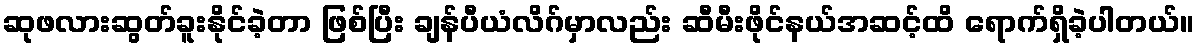
ဆုဖလားဆွတ်ခူးနိုင်ခဲ့တာ ဖြစ်ပြီး ချန်ပီယံလိဂ်မှာလည်း ဆီမီးဖိုင်နယ်အဆင့်ထိ ရောက်ရှိခဲ့ပါတယ်။